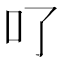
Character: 𠮩